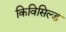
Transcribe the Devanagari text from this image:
किविसिल्ड